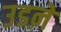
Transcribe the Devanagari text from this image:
उडऩे